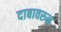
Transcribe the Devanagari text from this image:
दाबावरुन